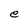
Character: e